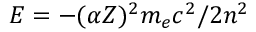
E = - ( \alpha Z ) ^ { 2 } m _ { e } c ^ { 2 } / 2 n ^ { 2 }